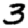
Digit: 3